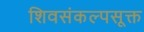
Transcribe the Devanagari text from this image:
शिवसंकल्पसूक्त